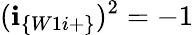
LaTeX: (\textbf{i}_{\{ W1i+\} })^{2}=-1